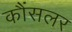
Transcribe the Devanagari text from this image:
कौंसलर